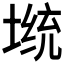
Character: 𡎭